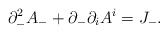
\begin{align*}\partial_-^2A_- +\partial_-\partial_iA^i = J_-.\end{align*}